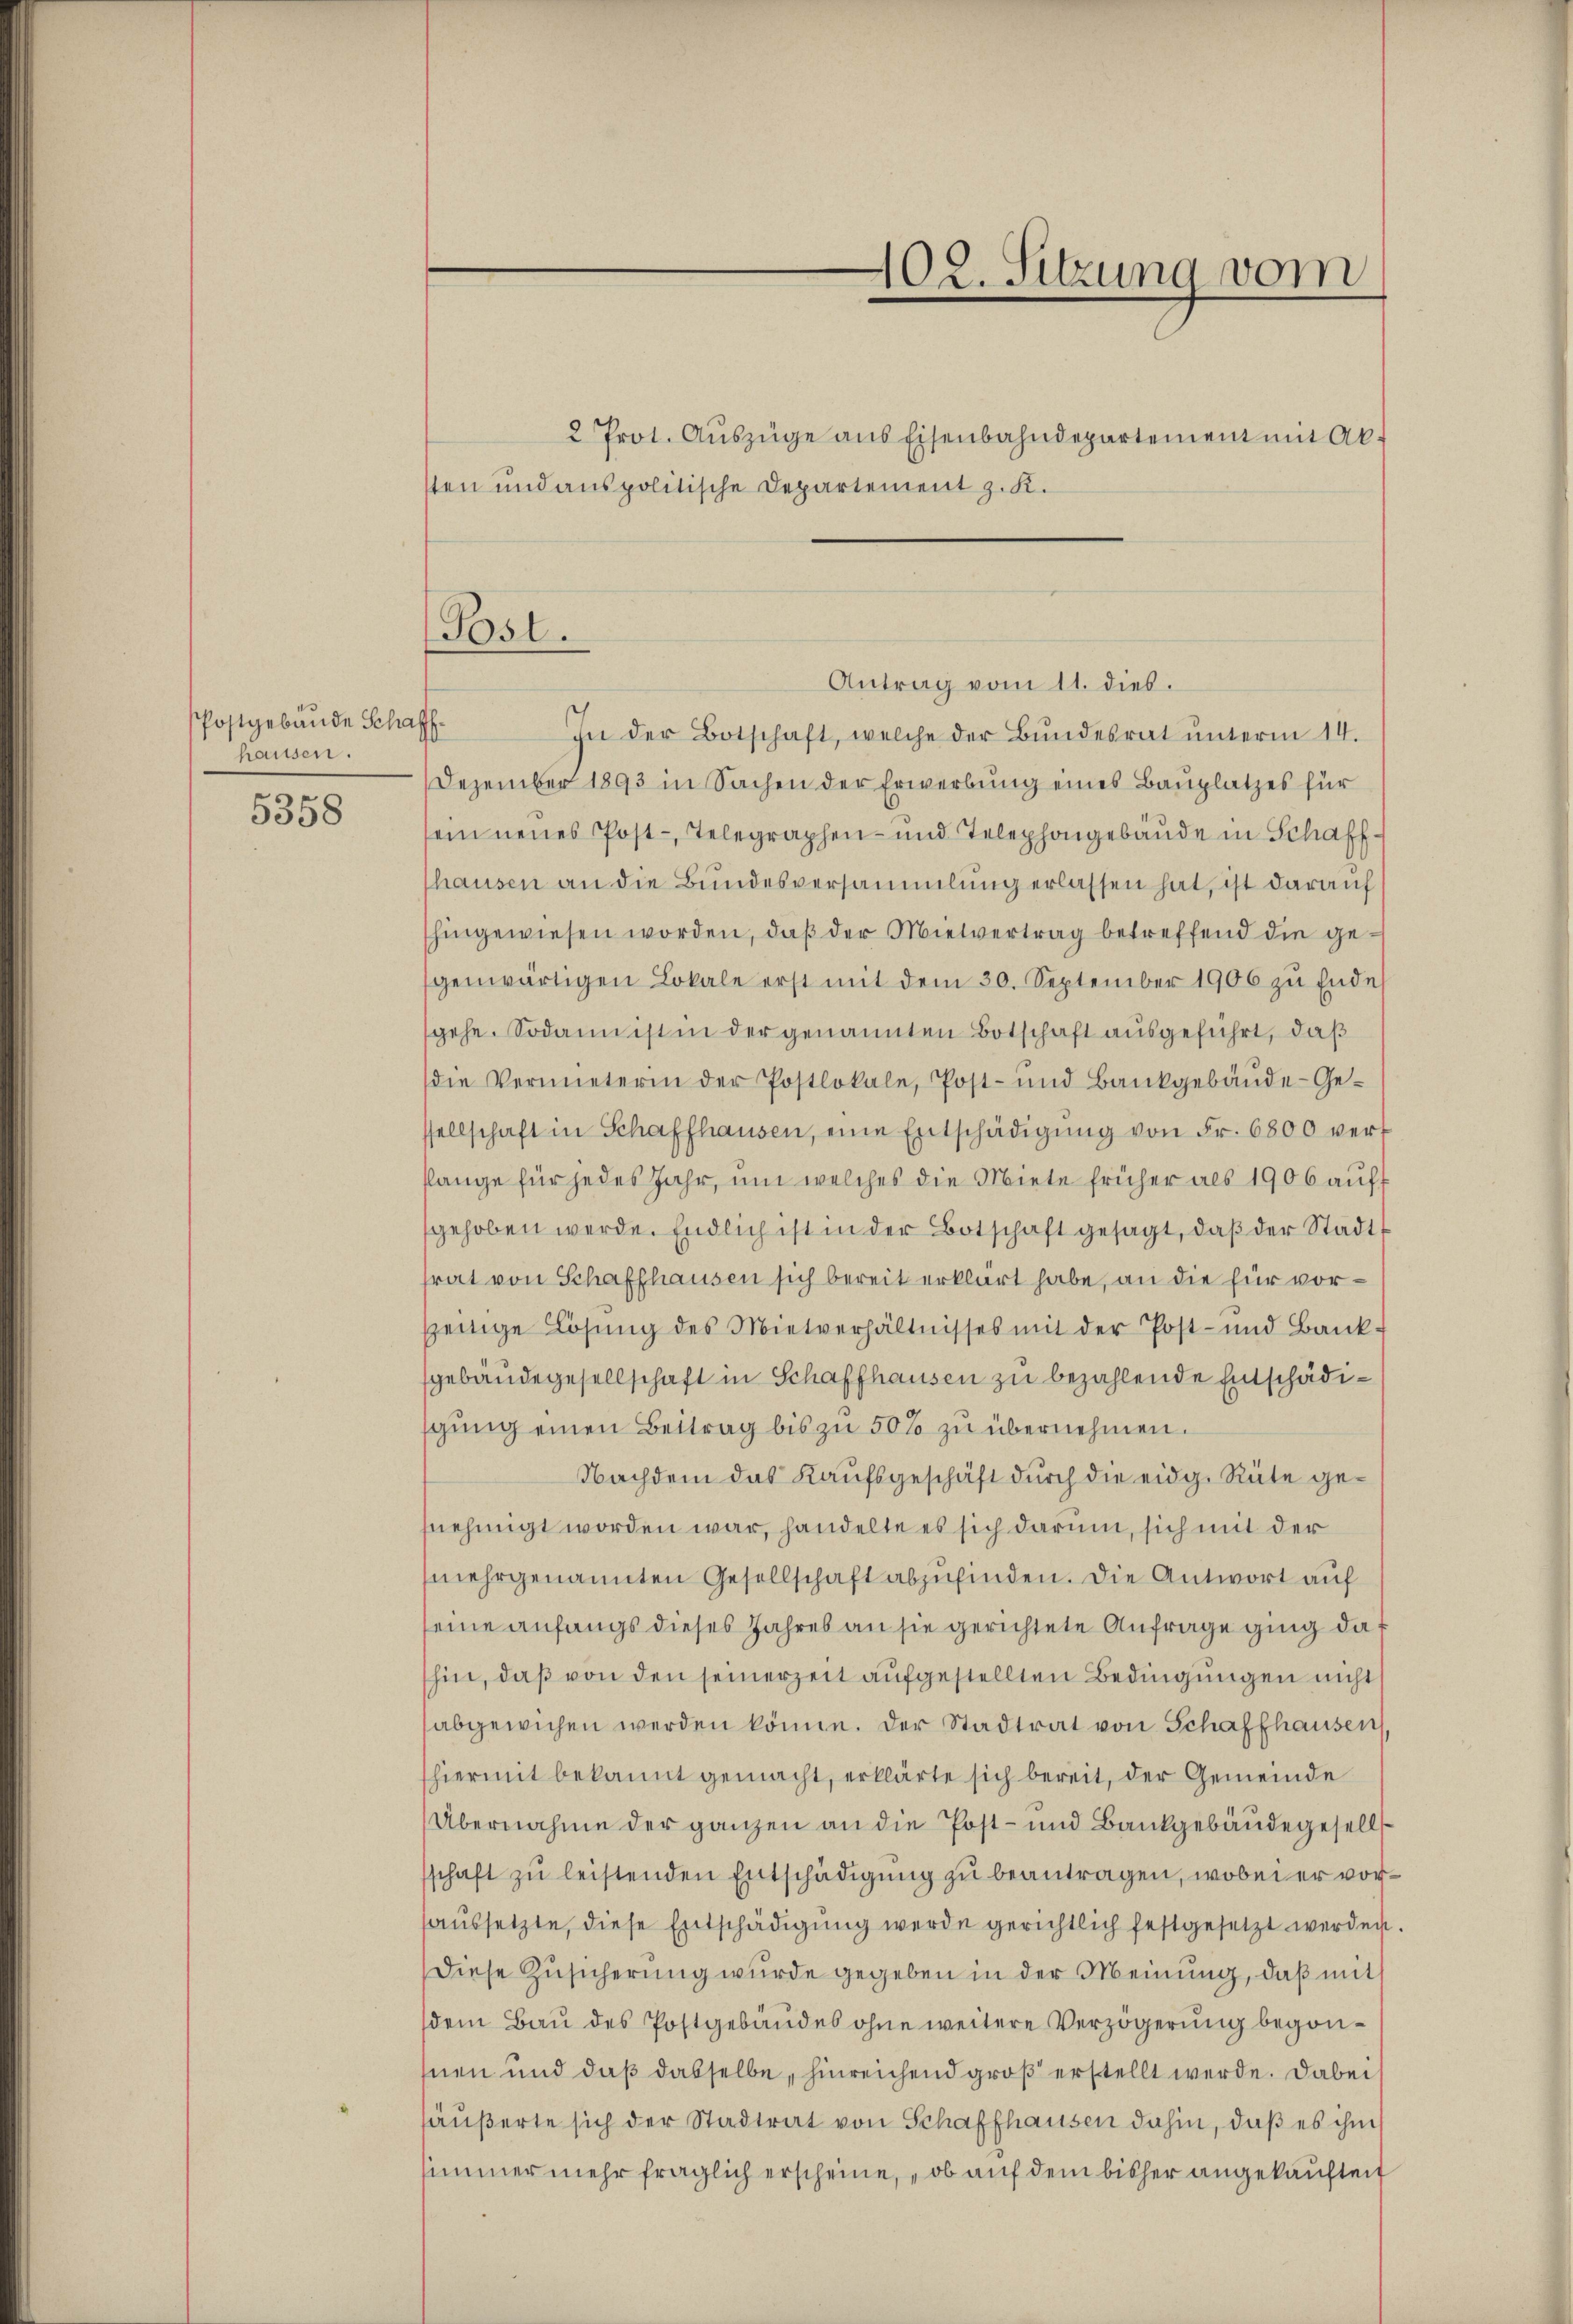
Postgebäude Schaffhausen.
5358

Post.

2 Prot. Auszüge aus Eisenbahndepartement mit Absten und anspolitische Departement z. K.

102. Sitzung vom
.

Antrag vom 11. dies.
In der Botschaft, welche der Bundesrat ŭnterm 14.
Dezember 1893 in Sachen der Erwerbŭng eines Baŭplatzes für
sein neues Post-Telegraphen- und Telephongebäŭde in Schaffhausen an die Bundesversammlung erlassen hat, ist darauf
hingewiesen worden, daß der Mietvertrag betreffend die gegenwärtigen Lokale erst mit dem 30. September 1906 zu Ende
gehe. Sodann ist in der genannten Botschaft ausgeführt, daß
die Vermeterin der Postlokale, Post- und Bankgebäŭde-Ge-
sellschaft in Schaffhausen, eine Entschädigŭng von Fr. 6800 vert
slange für jedes Jahr, um welches die Miete früher als 1906 auff
gehoben werde. Endlich ist in der Botschaft gesagt, daβ der Stadtrat von Schaffhausen sich bereit erklärt habe, an die für vorzeitige Lösung des Mietverhältnisses mit der Post- und Bank
gebäude gesellschaft in Schaffhausen zu bezahlende Entschädigŭng einen Beitrag bis zŭ 50% zu übernehmen.
Nachdem das Kaufsgeschäft durch die eidg. Rüte genehmigt worden war, handelte es sich darum, sich mit der
mehrgenannten Gesellschaft abzufinden. Die Antwort auf
seine anfangs dieses Jahres an sie gerichtete Anfrage ging dahin, daß von den seinerzeit aufgestellten Bedingungen nicht
abgewichen werden könne. Der Stadtrat von Schaffhausen
hiermit bekannt gemacht, erklärte sich bereit, der Gemeinde
Übernahme der ganzen an die Post- und Bankgebäude gesells
schaft zŭ leistenden Entschädigŭng zu beantragen, wobei er voraussetzte, diese Entschädigung werde gerichtlich festgesetzt werden.
Diese Zusicherung wurde gegeben in der Meinung, daß mit
sdem Bau des Postgebäudes ohne weitere Verzögerung begonhnen und daß dasselbe, hinreichend groß erstellt werde. Dabei
häußerte sich der Stadtrat von Schaffhausen dahin, daß es ihm
simmer mehr fraglich erscheine, „ob auf dem bisher angekaufteit